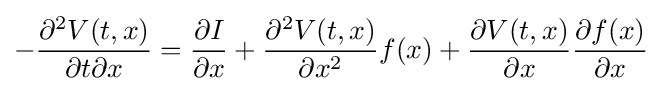
-{\frac {\partial ^{2}V(t,x)}{\partial t\partial x}}={\frac {\partial I}{\partial x}}+{\frac {\partial ^{2}V(t,x)}{\partial x^{2}}}f(x)+{\frac {\partial V(t,x)}{\partial x}}{\frac {\partial f(x)}{\partial x}}